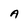
Character: A